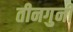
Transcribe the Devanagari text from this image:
तीनगुनी